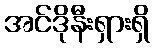
အင်ဒိုနီးရှားရှိ